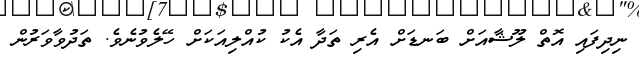
ނިދިފައި އޮތް ލޫޝާއަށް ބަނޑަށް އެރި ތަދާ އެކު ކުއްލިއަކަށް ހޭލެވުނެވެ. ތަދުވާވަރުން